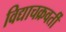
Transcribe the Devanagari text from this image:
विद्याचक्रवर्ती